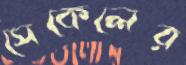
সেকেলের